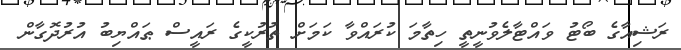
ރަޝިއާގެ ބޯޓު ވައްޓާލެވުނީތީ ހިތާމަ ކުރައްވާ ކަމަށް ތުރުކީގެ ރައީސް ޠައްޔިބު އުރުދޮގާން